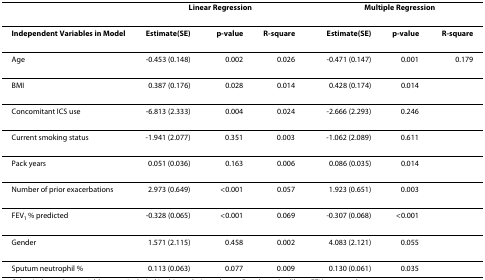
|  | <COLSPAN=3> Linear Regression |  | <COLSPAN=3> Multiple Regression |
 | --- | --- | --- | --- | --- | --- | --- | --- |
 | Independent Variables in Model | Estimate(SE) | p-value | R-square |  | Estimate(SE) | p-value | R-square |
 | Age | -0.453 (0.148) | 0.002 | 0.026 |  | -0.471 (0.147) | 0.001 | 0.179 |
 | BMI | 0.387 (0.176) | 0.028 | 0.014 |  | 0.428 (0.174) | 0.014 |  |
 | Concomitant ICS use | -6.813 (2.333) | 0.004 | 0.024 |  | -2.666 (2.293) | 0.246 |  |
 | Current smoking status | -1.941 (2.077) | 0.351 | 0.003 |  | -1.062 (2.089) | 0.611 |  |
 | Pack years | 0.051 (0.036) | 0.163 | 0.006 |  | 0.086 (0.035) | 0.014 |  |
 | Number of prior exacerbations | 2.973 (0.649) | <0.001 | 0.057 |  | 1.923 (0.651) | 0.003 |  |
 | FEV1 % predicted | -0.328 (0.065) | <0.001 | 0.069 |  | -0.307 (0.068) | <0.001 |  |
 | Gender | 1.571 (2.115) | 0.458 | 0.002 |  | 4.083 (2.121) | 0.055 |  |
 | Sputum neutrophil % | 0.113 (0.063) | 0.077 | 0.009 |  | 0.130 (0.061) | 0.035 |  |